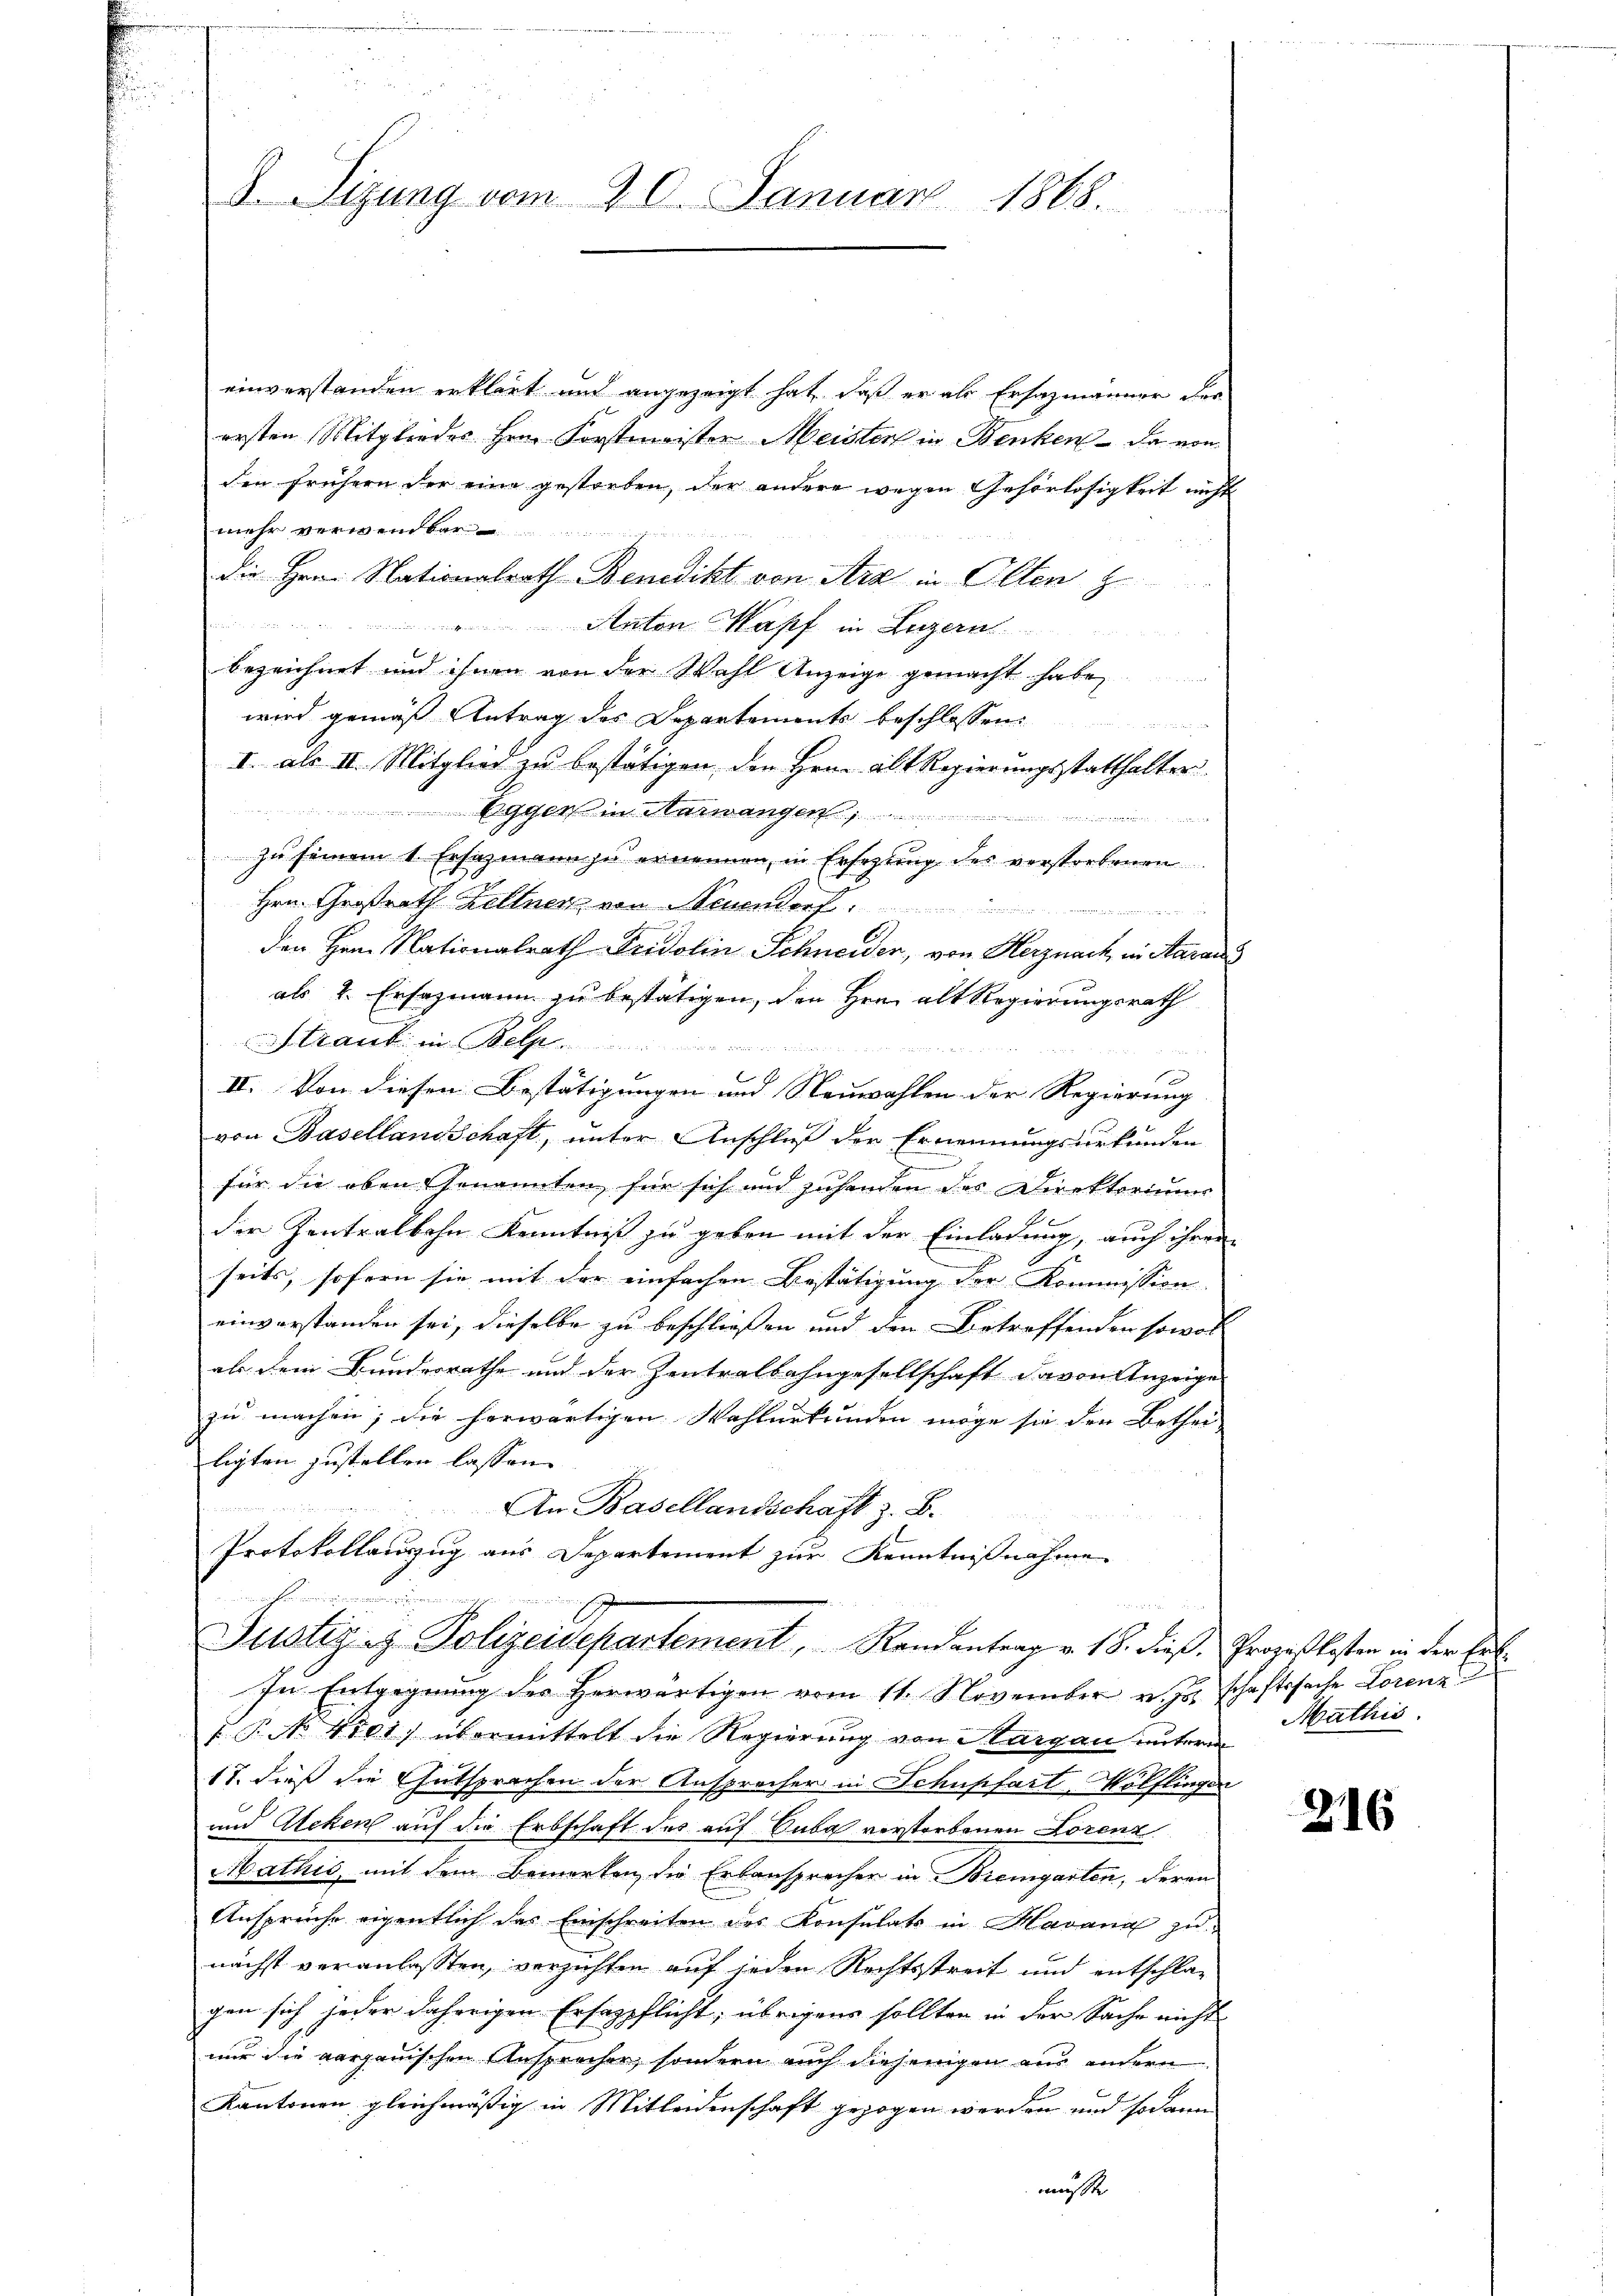
8. Sizung vom 20. Januar 1868.

einverstanden erklärt und angezeigt hat, daß er als Ersazmänner der
ersten Mitgliedes Hrn. Forstmeister Meister in Benken - da von
den frühern der eine gestorben, der andere wegen Gehörlosigkeit nicht
mehr verwendbar
die Hrn. Nationalrath Benedikt von Ara in Olten z
" Anton Kapf in Luzern
bezeichnet und ihnen von der Wahl Anzeige gemacht habe,
wird gemäß Antrag des Departements beschlossen:
I. als III. Mitglied zu bestätigen, den Hrn. Abt Regierungsstatthalter
Egger in Aarwangen
zu seinem 1. Ersatzmann zu ernennen, in Ersezung des verstorbenen
Hrn. Großrath Kellner von Neuendorf

den Hrn. Nationalrath Fridolin Schneider, von Herznach in Aarau
als 2. Ersazmann zu bestätigen, den Hrn. alt Regierungsrath
traut in Bel
E
II. Von diesen Bestätigungen und Neuwahlen der Regierung
von Basellandschaft, unter Anschluß der Ernennungsurkunden
für die oben Genannten für sich und zuhanden des Direktoriums
A
der Zentralbahn Kenntniß zu geben mit der Einladung, auch ihrem
seits, sofern sie mit der einfachen Bestätigung der Kommission
einverstanden sei, dieselbe zu beschließen und den Betreffenden sowol
als dem Bundesrathe und der Zentralbahngesellschaft davon Anzeige
zu machen; die herwärtigen Wahlurkunden möge sie den Betheiligten zustellen lassen.
An Basellandschaft z. B.
Protokollauszug aus Departement zur Kenntnißnahme
2

Justiz & Polizeidepartement,   Randantrag v. 18. dieß Prozeßkosten in der Er¬
In Entgegnung des Herwärtigen vom 11. November v. Js. schaftssache Lorenz
f. P. No 4101) übermittelt die Regierung von Thurgau unterm
17. dieß die Entsprachen der Ansprecher in Schupfart-Wölflingen
und Ateken auf die Erbschaft des auf Suba verstorbenen Lorenz
Mathis, mit dem Bemerken die Erbansprecher in Bremgarten, deren
Ansprüche eigentlich das Einschreiten des Konsulats in Havana zu
nächst veranlassten, verzichten auf jeden Rechtsstreit und entschlagen sich jeder daherigen Ersazpflicht; übrigens sollten in der Sache nicht
nur die aargauischen Ansprecher, sondern auch diejenigen aus andern
Kantonen gleichmäßig in Mitleidenschaft gezogen werden und sodann
musste

Mathis

216